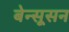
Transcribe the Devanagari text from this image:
बेन्सूसन